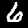
Digit: 6